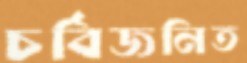
চর্বিজনিত